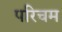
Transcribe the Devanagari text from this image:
परिचम